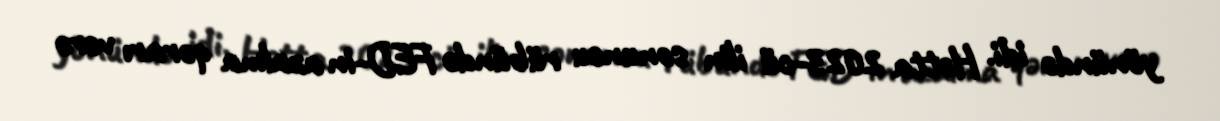
yönündə idi. Hətta 2023-cü ilin sonuncu rübündə FED-in azalma qərarı verə